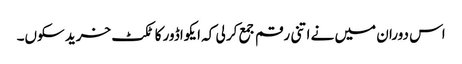
اس دوران میں نے اتنی رقم جمع کر لی کہ ایکواڈور کا ٹکٹ خرید سکوں۔